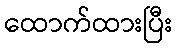
ထောက်ထားပြီး